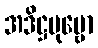
အဒိဋ္ဌပုဗ္ဗော